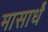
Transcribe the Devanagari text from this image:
मासार्धं